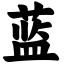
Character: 蓝